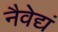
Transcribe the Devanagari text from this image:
नैवेद्यं